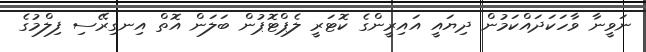
ނަވީނާ ވާހަކަދައްކަމުން ދިޔައީ އައިރީންގެ ކޮޓަރީ ލެޕްޓޮޕުން ބަލަން އޮތް އިނގިރޭސި ފިލްމުގެ